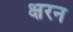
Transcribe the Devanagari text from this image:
क्षरन